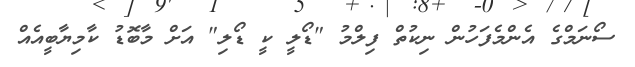
ސޯނަމްގެ އެންމެފަހުން ނިކުތް ފިލްމު "ޑޯލީ ކީ ޑޯލި" އަށް މާބޮޑު ކާމިޔާބީއެއް